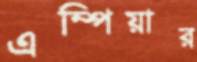
এম্পিয়ার